Annual statistical returns and brief notes on vaccination in Bengal - 1896-1909
Year: 1896
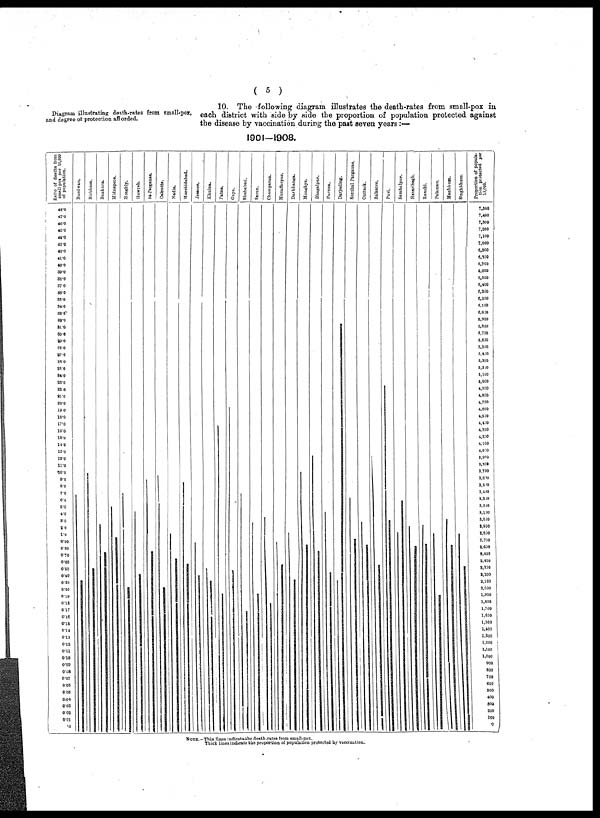
( 5 )
Diagram illustrating death-rates from small-pox,
and degree of protection afforded.
10. The following diagram illustrates the death-rates from small-pox in
each district with side by side the proportion of population protected against
the disease by vaccination during the past seven years :—
1901—1908.
NOTE.-Thin lines indicats the death-rates from small-pox.
Thick lines indicate the proportion of population protected by vaccination.